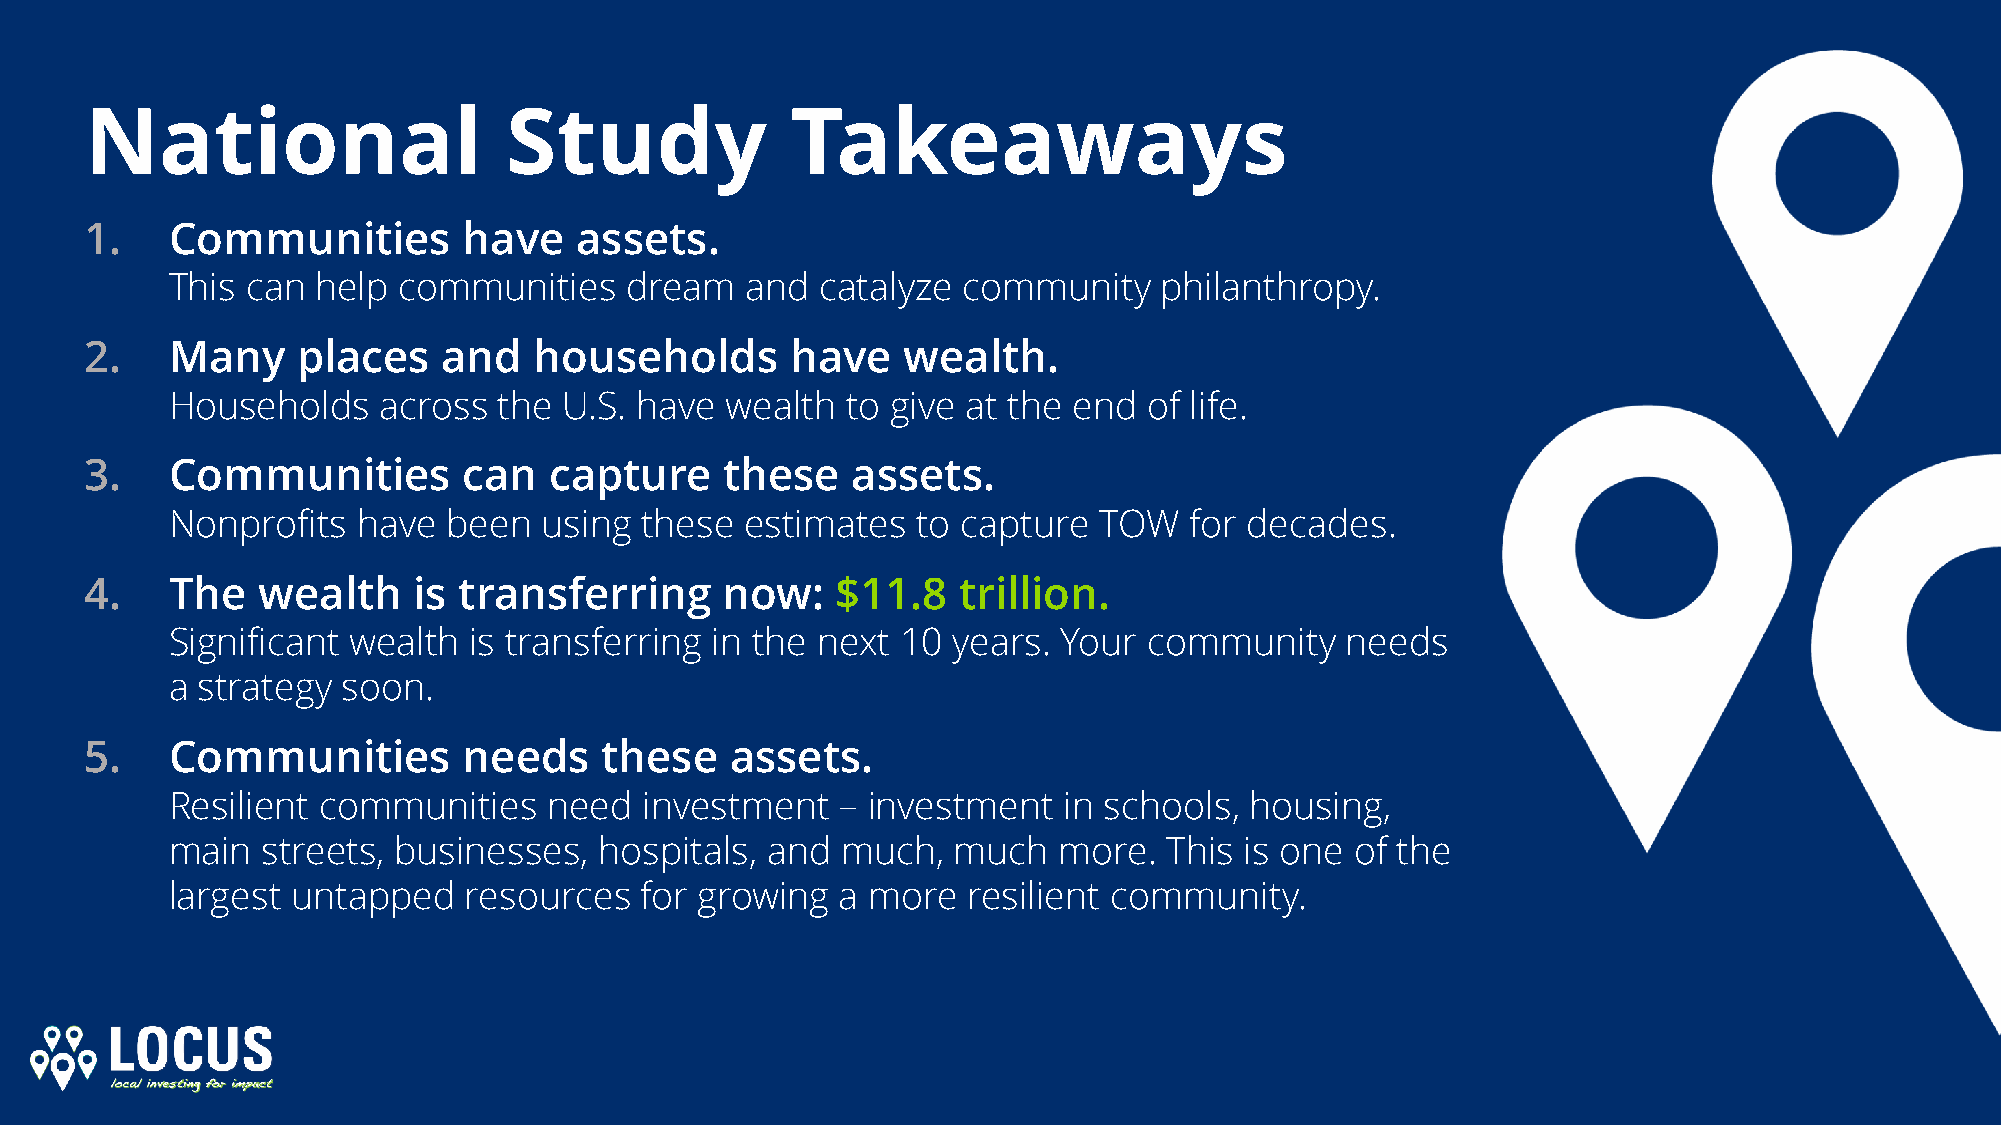
National                   Study              Takeaways
 1.   Communities         have   assets.
 This can  help communities    dream   and  catalyze  community    philanthropy.
 2.   Many     places   and   households       have    wealth.
 Households    across  the U.S. have  wealth  to give at the end  of life.
 3.   Communities         can  capture     these   assets.
 Nonprofits   have  been  using these  estimates   to capture  TOW   for decades.
 4.   The   wealth    is transferring      now:   $11.8   trillion.
 Significant wealth  is transferring in the next  10 years. Your  community    needs
 a strategy  soon.
 5.   Communities         needs    these   assets.
 Resilient communities    need   investment   – investment  in schools,  housing,
 main  streets, businesses,   hospitals, and  much,  much   more.  This is one  of the
 largest untapped    resources  for growing   a more  resilient community.